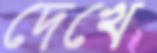
দেখে